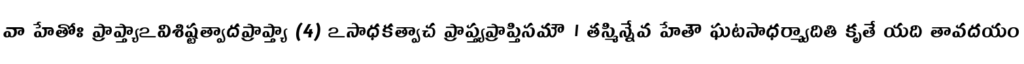
వా హేతోః ప్రాప్త్యాఽవిశిష్టత్వాదప్రాప్త్యా (4) ఽసాధకత్వాచ ప్రాప్త్యప్రాప్తిసమౌ । తస్మిన్నేవ హేతౌ ఘటసాధర్మ్యాదితి కృతే యది తావదయం